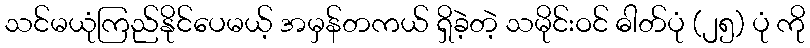
သင်မယုံကြည်နိုင်ပေမယ့် အမှန်တကယ် ရှိခဲ့တဲ့ သမိုင်းဝင် ဓါတ်ပုံ (၂၅) ပုံ ကို